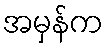
အမှန်က